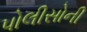
પોલીસોની